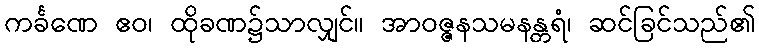
ကင်္ခဏေ ဧဝ၊ ထိုခဏ၌သာလျှင်။ အာဝဇ္ဇနသမနန္တရံ၊ ဆင်ခြင်သည်၏